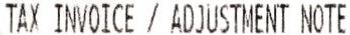
TAX INVOICE / ADJUSTMENT NOTE